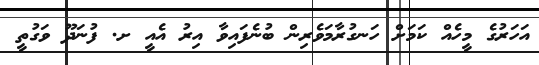
އަހަރުގެ މީހެއް ކަމަށް ހަނގުރާމަވެރިން ބުނެފައިވާ އިރު އެއީ ށ. ފުނަދޫ ވަގުތީ